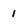
Character: 1